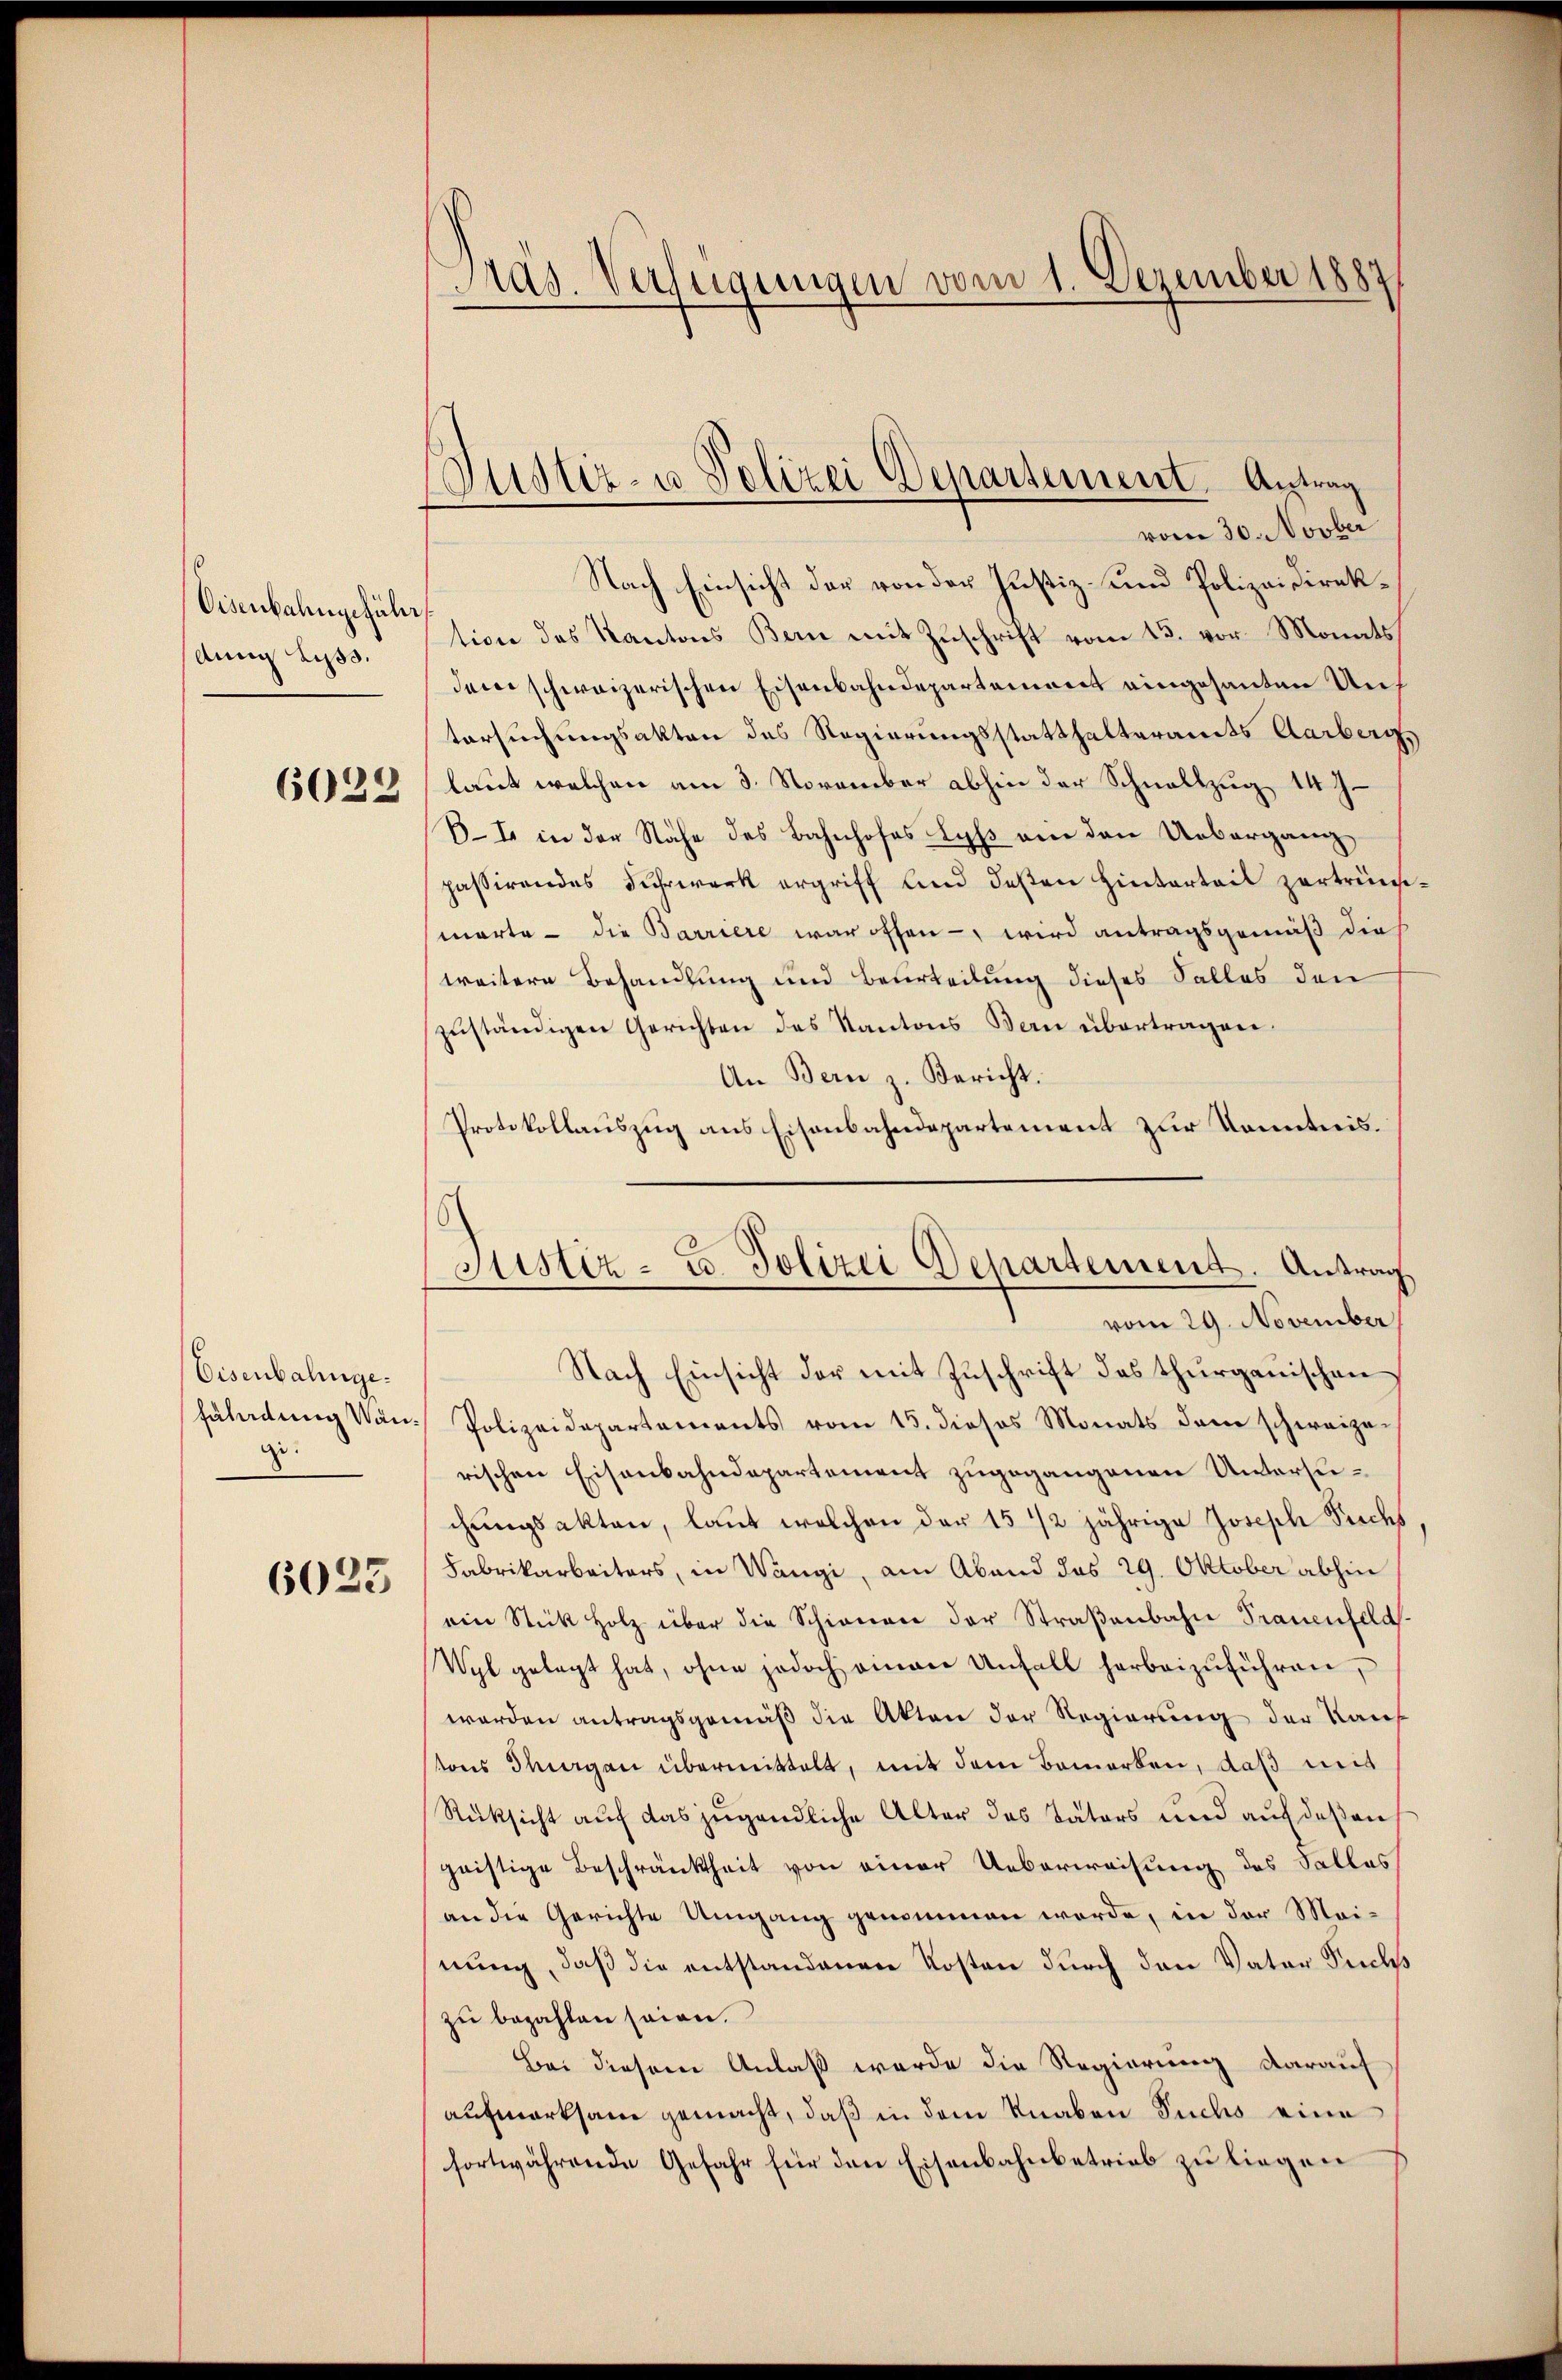
Visenbahngeführ
Anna Lyss.
6022

Eisenbahnge.
Fäladung Van
ge.

6023

Pras. Verfügungen vom 1. Dezember 1889

Justiz- u Polizei Departement. Antrag

vom 30. Novber
Nach Einsicht der von der Justiz- und Polizeidirektion des Kantons Bern mit Zŭschrift vom 13. vor Monats
dem schweizerischen Eisenbahndepartement eingesanten Auf
tersuchungsakten des Regierungsstatthalteramts Aarberg,
laut welchen am 3. November abhin der Schnellzug. 14 J
B. I. in der Nähe des Bahnhofes Lyss ein den Uebergang
passirendes Fuhrwerk ergriff und deßen hinterteil zertrünst
warte - die Barriere war offen -, wird antragsgemäß die
weitere Behandlung und Beurteilung dieses Falles den
zŭständigen Gerichten des Kantons Bern übertragen.
An Bern z. Bericht.
Protokollauszug aus Eisenbahndepartement zur Kenntnis.
vom 29. November
Nach Einsicht der mit Zuschrift des thurgauischen
 Polizeidepartements vom 15. dieses Monats dem schweizerischen Eisenbahndepartement zugegangenen Untersuchungsakten, laut welchen der 15 1/2 jährige Joseph Puchs
Fabrikarbeiters, in Wangi, am Abend das 29. Oktober abhin
ein Stick Holz über die Schienen der Straßenbahn Trauenfeld
Wyl gelegt hat, ohne jedoch einen Unfall herbeizuführen,
werden antragsgemäß die Akten der Regierung der Kauf
sons Thurgau übermittelt, mit dem Bemerken, daß mit
Rücksicht auf das jugendliche Alter des Täters und auf deßen
geistige Beschränktheit von einer Ueberweisung des Salles
an die Gerichte Umgang genommen werde, in der Mainung, daß die entstandenen Kosten durch den Vater Fuchs
zŭ bezahlen seien.
Bei diesem Anlaß werde die Regierung darauf
aufmerksam gemacht, daß in dem Knaben Suchs eine
fortwährende Gefahr für den Eisenbahnbetrieb zu liegen

Sistiz- u. Polizei Departement. Antrag